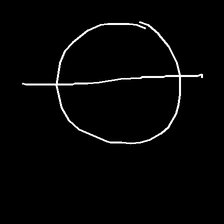
Glyph: orb